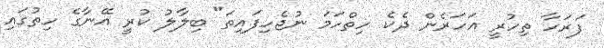
ފަރަހާ ތިހުރީ އަހަރެން ދެކެ ހިތްހަމަ ނުޖެހިފައިތަ" ބިލާލު ކުރީ އޭނާގެ ހިތުގައި